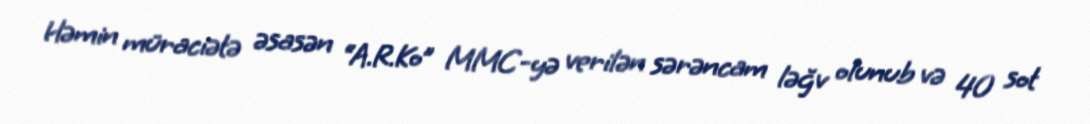
Həmin müraciətə əsasən “A.R.Ko” MMC-yə verilən sərəncam ləğv olunub və 40 sot